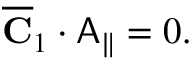
\begin{array} { r } { \overline { { \mathbf { C } } } _ { 1 } \cdot \mathsf { A } _ { \parallel } = 0 . } \end{array}